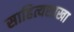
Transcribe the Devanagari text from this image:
साहित्यशाखा